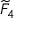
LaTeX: { \widetilde { F } } _ { 4 }